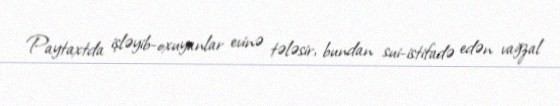
Paytaxtda işləyib-oxuyanlar evinə tələsir, bundan sui-istifadə edən vağzal